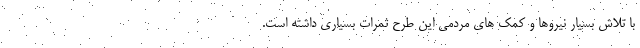
با تلاش بسیار نیروها و کمک های مردمی این طرح ثمرات بسیاری داشته است.